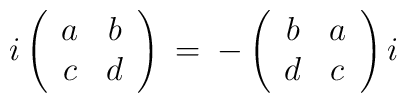
i \left( \begin{array}{cc} a & b\\ c & d \end{array} \right) \:= \: - \left( \begin{array}{cc} b & a\\ d & c \end{array} \right) i